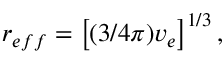
r _ { e f f } = \left[ ( 3 / 4 \pi ) v _ { e } \right] ^ { 1 / 3 } ,